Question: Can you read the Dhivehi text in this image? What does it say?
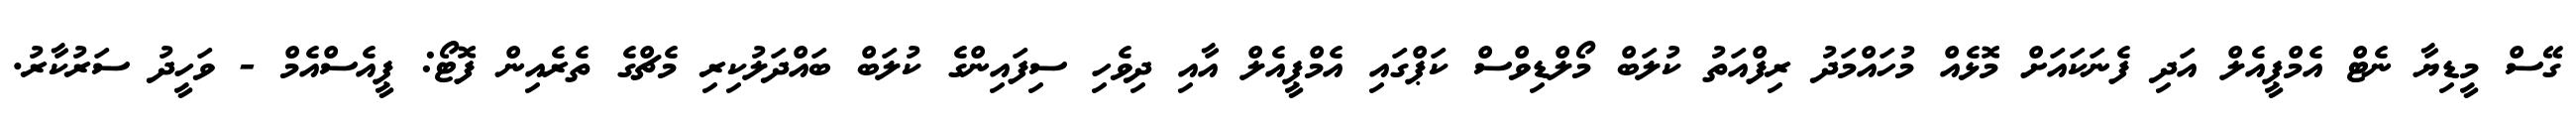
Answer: ގޭސް މީޑިޔާ ނެޓް އެމްޕީއެލް އަދި ފެނަކައަށް މޮޅެއް މުހައްމަދު ރިފްއަތު ކުލަބް މޯލްޑިވްސް ކަޕްގައި އެމްޕީއެލް އާއި ދިވެހި ސިފައިންގެ ކުލަބް ބައްދަލުކިރި މެޗްގެ ތެރެއިން ފޮޓޯ: ޕީއެސްއެމް - ވަހީދު ސަރުކާރު.